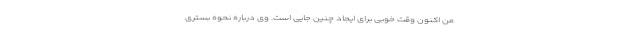
من اکنون وقت خوبی برای ایجاد چنین جایی است. وی درباره نحوه بستری